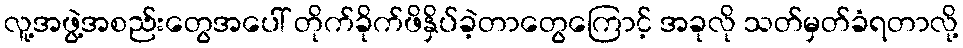
လူ့အဖွဲ့အစည်းတွေအပေါ် တိုက်ခိုက်ဖိနှိပ်ခဲ့တာတွေကြောင့် အခုလို သတ်မှတ်ခံရတာလို့